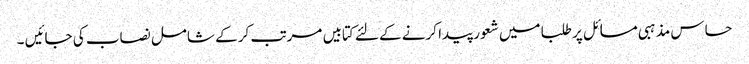
حساس مذہبی مسائل پر طلبا میں شعور پیدا کرنے کے لئے کتابیں مرتب کر کے شامل نصاب کی جائیں ۔